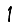
Digit: 1